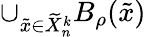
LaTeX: \cup_{\tilde{x}\in\widetilde X_{n}^{k}}B_{\rho}(\tilde{x})